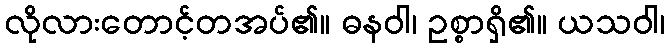
လိုလားတောင့်တအပ်၏။ ဓနဝါ၊ ဥစ္စာရှိ၏။ ယသဝါ၊